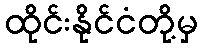
ထိုင်းနိုင်ငံတို့မှ